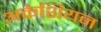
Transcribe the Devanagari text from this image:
अकेशियन